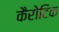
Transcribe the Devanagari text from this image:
कैरोटिक